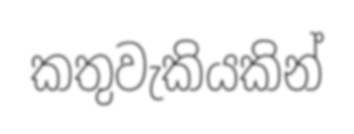
කතුවැකියකින්